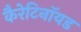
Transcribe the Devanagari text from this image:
कैरेटिनॉयड